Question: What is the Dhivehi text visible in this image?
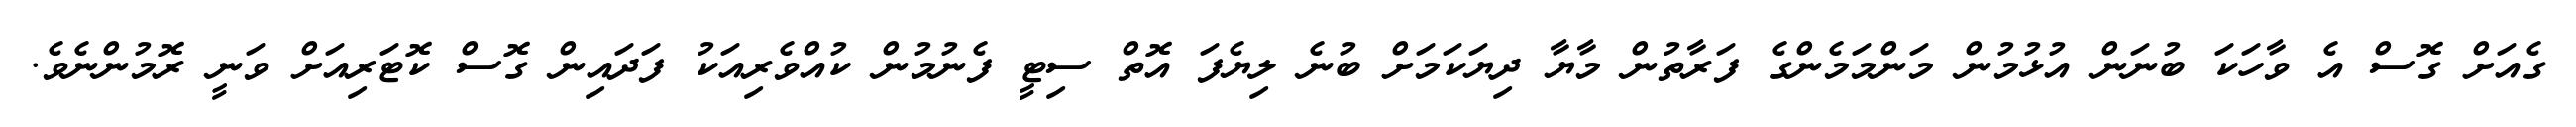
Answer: ގެއަށް ގޮސް އެ ވާހަކަ ބުނަން އުޅުމުން މަންމަމެންގެ ފަރާތުން މާޔާ ދިޔަކަމަށް ބުނެ ލިޔެފަ އޮތް ސިޓީ ފެނުމުން ކުއްވެރިއަކު ފަދައިން ގޮސް ކޮޓަރިއަށް ވަނީ ރޮމުންނެވެ.